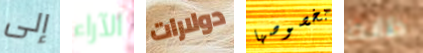
إلى الآراء دولارات بخصوصها ظابط